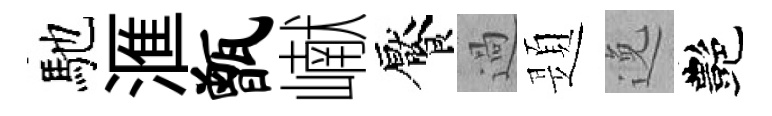
馳滙甑𪩘饜過題𨓜艷